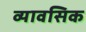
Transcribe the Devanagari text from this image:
व्यावसिक